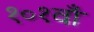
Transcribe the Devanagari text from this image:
१०१वाँ